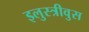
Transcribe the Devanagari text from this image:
इलुस्त्रीवुस